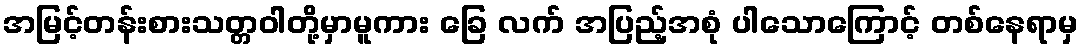
အမြင့်တန်းစားသတ္တဝါတို့မှာမူကား ခြေ လက် အပြည့်အစုံ ပါသောကြောင့် တစ်နေရာမှ